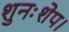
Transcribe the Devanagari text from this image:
शुनःशेप।